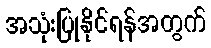
အသုံးပြုနိုင်ရန်အတွက်